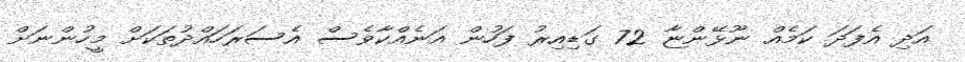
އަދި އެފަދަ ކަމެއް ނޫޅޭންޏާ 72 ގަޑިއިރު ފަހުން އަނެއްކާވެސް އެސަރަހައްދުތަކަށް މީހުންނަށް